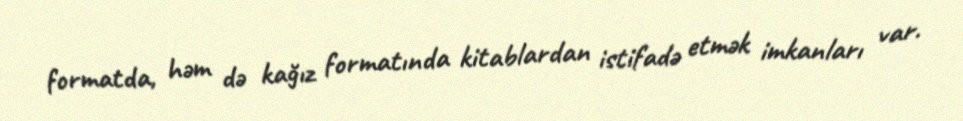
formatda, həm də kağız formatında kitablardan istifadə etmək imkanları var.